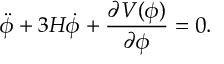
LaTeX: \ddot { \phi } + 3 H \dot { \phi } + { \frac { \partial V ( \phi ) } { \partial \phi } } = 0 .